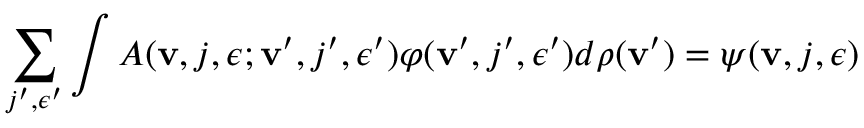
\sum _ { j ^ { \prime } , \epsilon ^ { \prime } } \int A ( { \bf v } , j , \epsilon ; { \bf v } ^ { \prime } , j ^ { \prime } , \epsilon ^ { \prime } ) \varphi ( { \bf v } ^ { \prime } , j ^ { \prime } , \epsilon ^ { \prime } ) d \rho ( { \bf v } ^ { \prime } ) = \psi ( { \bf v } , j , \epsilon )